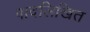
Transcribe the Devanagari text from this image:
पादलिखित